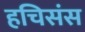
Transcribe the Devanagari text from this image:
हचिसंस